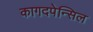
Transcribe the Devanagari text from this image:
कागदपेन्सिल